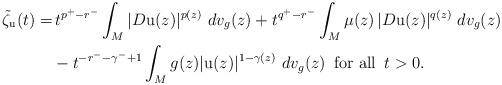
LaTeX: \begin{align*}\tilde{\zeta}_{\mathrm{u}} ( t ) = & \, t^{p^{+} - r^{-}} \int_{M} | D \mathrm{u} ( z ) |^{p( z )} \,\, dv_{g} ( z ) + t^{q^{+} - r^{-}} \int_{M} \mu ( z ) \, | D \mathrm{u} ( z ) |^{q( z )} \,\, dv_{g} ( z ) \\& - t^{-r^{-} - \gamma^{-} + 1} \int_{M} g( z ) | \mathrm{u}( z ) |^{1 - \gamma ( z )} \,\, dv_{g} ( z ) \,\,\, \mbox{for all} \,\,\, t > 0.\end{align*}